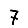
Digit: 7